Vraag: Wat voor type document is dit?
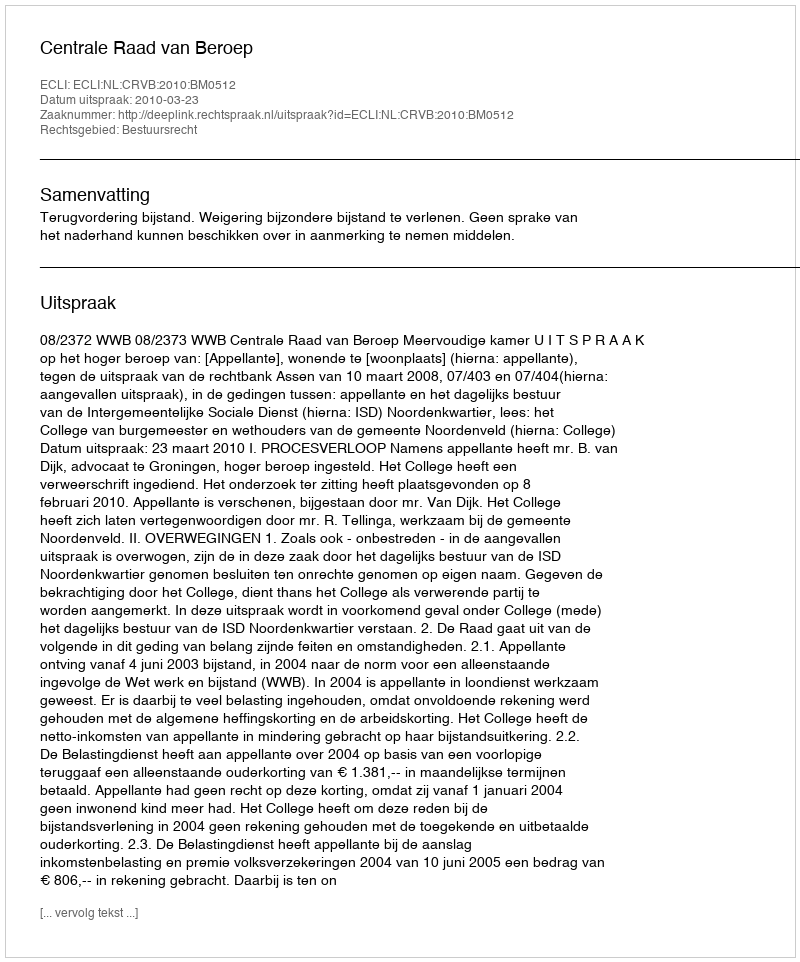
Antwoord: Uitspraak